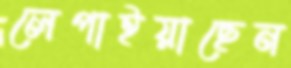
লেপাইয়াছেন